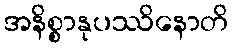
အနိစ္စာနုပဿိနောတိ